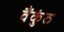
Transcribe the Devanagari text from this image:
वैंकुंठ